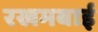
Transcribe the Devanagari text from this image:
रखमबाई